Civil Veterinary Department. United Provinces 1932-42 - 1932-1942
Year: 1932
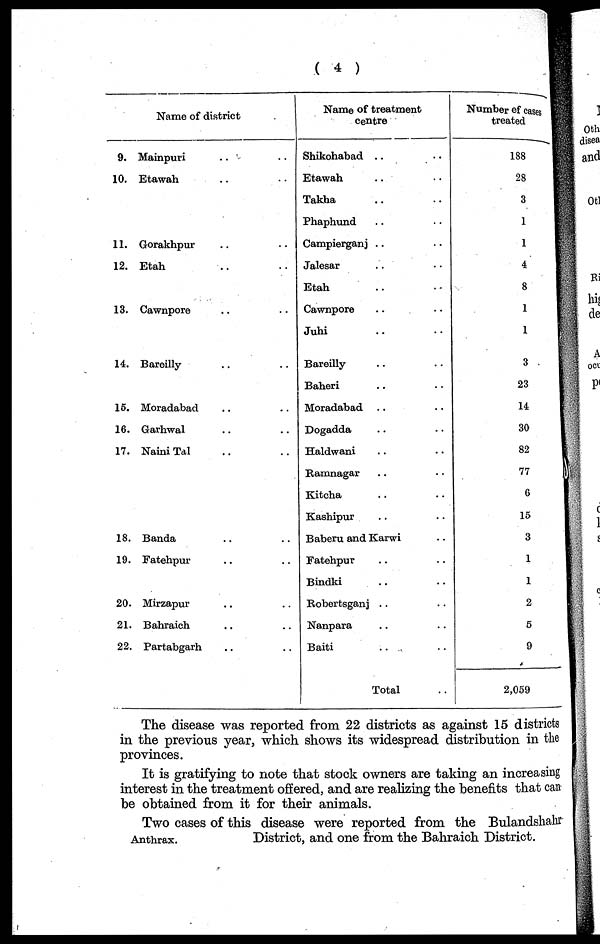
( 4 )
Name of district
9.
10.
11.
12.
13.
14.
15.
16.
17.
18.
19.
20.
21.
22.
Mainpuri .. ..
Etawah .. ..
Gorakhpur .. ..
Etah .. ..
Cawnpore .. ..
Bareilly .. ..
Moradabad .. ..
Garhwal .. ..
Naini Tal .. ..
Banda .. ..
Fatehpur .. ..
Mirzapur .. ..
Bahraich .. ..
Partabgarh .. ..
Name of treatment
centre
Shikohabad .. ..
Etawah .. ..
Takha .. ..
Phaphund .. ..
Campierganj .. ..
Jalesar .. ..
Etah .. ..
Cawnpore
Juhi .. ..
Bareilly .. ..
Baheri .. ..
Moradabad .. ..
Dogadda .. ..
Haldwani .. ..
Ramnagar .. ..
Kitcha .. ..
Kashipur .. ..
Baberu and Karwi ..
Fatehpur .. ..
Bindki .. ..
Robertsganj .. ..
Nanpara .. ..
Baiti .. ..
Total ..
Number of cases
treated
188
28
3
1
1
4
8
1
1
3
23
14
30
82
77
6
15
3
1
1
2
5
9
2,059
The disease was reported from 22 districts as against 15 districts
in the previous year, which shows its widespread distribution in the
provinces.
It is gratifying to note that stock owners are taking an increasing
interest in the treatment offered, and are realizing the benefits that can
be obtained from it for their animals.
Anthrax.
Two cases of this disease were reported from the Bulandshahr
District, and one from the Bahraich District.